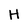
Character: H